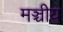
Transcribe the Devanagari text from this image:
मञ्चीय